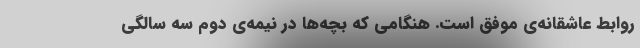
روابط عاشقانه‌ی موفق است. هنگامی که بچه‌ها در نیمه‌ی دوم سه سالگی